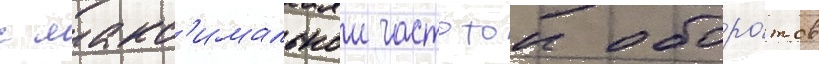
с макс'имальнои частотои оборо́тов